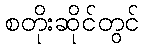
စတိုးဆိုင်တွင်